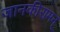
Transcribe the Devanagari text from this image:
जानकीरामन्